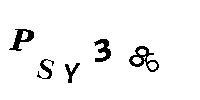
PSY386